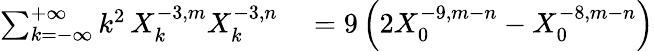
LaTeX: \begin{array}{rl}{\sum_{k=-\infty}^{+\infty}k^{2}\, X_{k}^{-3,m}X_{k}^{-3,n}}&{{}=9\left(2X_{0}^{-9,m-n}-X_{0}^{-8,m-n}\right)}\end{array}